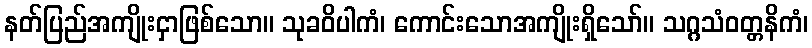
နတ်ပြည်အကျိုးငှာဖြစ်သော။ သုခဝိပါကံ၊ ကောင်းသောအကျိုးရှိသော်။ သဂ္ဂသံဝတ္တနိကံ၊